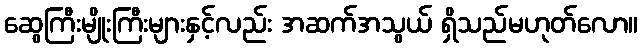
ဆွေကြီးမျိုးကြီးများနှင့်လည်း အဆက်အသွယ် ရှိသည်မဟုတ်လော။